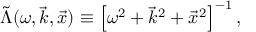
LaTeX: \tilde { \Lambda } ( \omega , \vec { k } , \vec { x } ) \equiv \left[ \omega ^ { 2 } + \vec { k } ^ { 2 } + \vec { x } ^ { 2 } \right] ^ { - 1 } ,